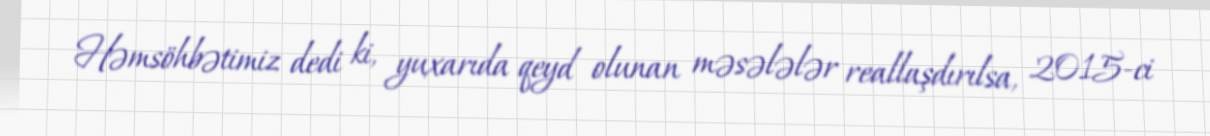
Həmsöhbətimiz dedi ki, yuxarıda qeyd olunan məsələlər reallaşdırılsa, 2015-ci